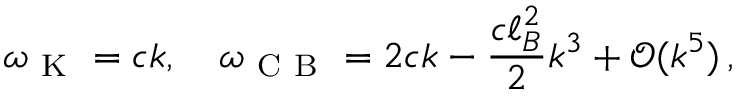
\omega _ { \mathrm { ~ K ~ } } = c k , \quad \omega _ { \mathrm { ~ C ~ B ~ } } = 2 c k - \frac { c \ell _ { B } ^ { 2 } } { 2 } k ^ { 3 } + \mathcal { O } ( k ^ { 5 } ) \, ,